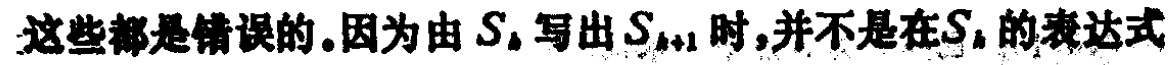
这些都是错误的。因为由 \(S_{n}\) 写出 \(S_{n + 1}\) 时，并不是在 \(S_{n}\) 的表达式